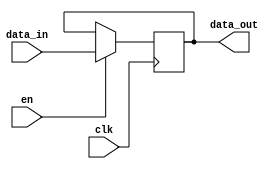
`timescale 1ns/1ps

//Descrio flip-flop tipo D com enable
module register (
  input		    clk,
  input             en,
  input    [31:0] data_in,   
  output reg [31:0] data_out    
);


//Processo em que o flip-flop reage ao flanco ascendente de clk
always @ (posedge clk)
   if (en == 1'd1) //Se en=1, flip-flop copia entrada D para a sada Q 
     data_out <= data_in;

endmodule